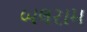
બલરામ